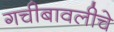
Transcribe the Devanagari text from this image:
गचीबावलीचे